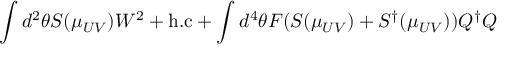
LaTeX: \int d ^ { 2 } \theta S ( \mu _ { U V } ) W ^ { 2 } + \mathrm { h . c } + \int d ^ { 4 } \theta F ( S ( \mu _ { U V } ) + S ^ { \dagger } ( \mu _ { U V } ) ) Q ^ { \dagger } Q